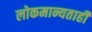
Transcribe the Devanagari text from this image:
लोकमान्यताही